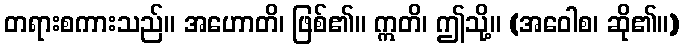
တရားစကားသည်။ အဟောတိ၊ ဖြစ်၏။ ဣတိ၊ ဤသို့။ (အဝေါစ၊ ဆို၏။)